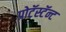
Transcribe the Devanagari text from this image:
प्रोटॅस्टॅन्ट